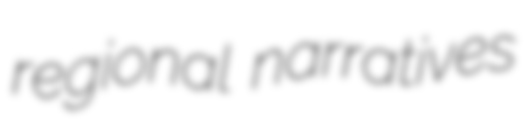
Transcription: regional narratives